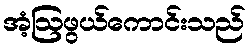
အံ့ဩဖွယ်ကောင်းသည်